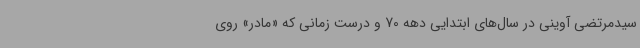
سیدمرتضی آوینی در سال‌های ابتدایی دهه 70 و درست زمانی که «مادر» روی